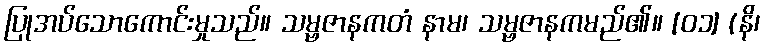
ပြုအပ်သောကောင်းမှုသည်။ သမ္ဗဇာနကတံ နာမ၊ သမ္ဗဇာနကမည်၏။ [၀၁] (နိ၊